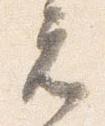
元